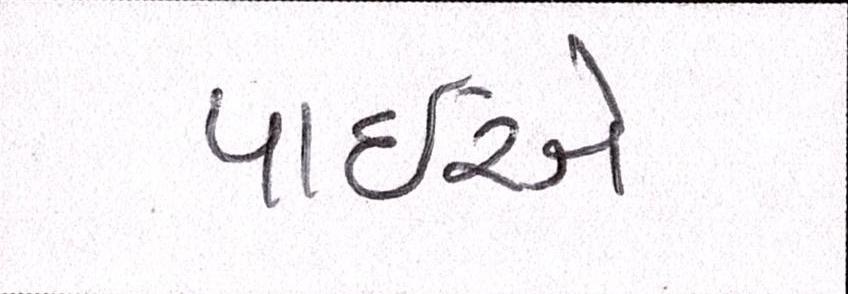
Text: પાઈએ